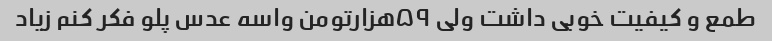
طمع و کیفیت خوبی داشت ولی ۵۹هزارتومن واسه عدس پلو فکر کنم زیاد